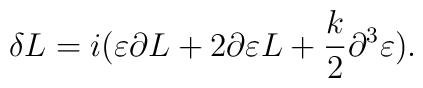
\delta L = i( \varepsilon \partial L + 2 \partial \varepsilon L +{k\over 2} \partial^3 \varepsilon).